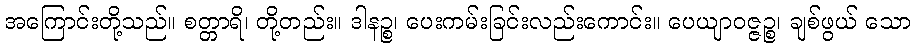
အကြောင်းတို့သည်။ စတ္တာရိ၊ တို့တည်း။ ဒါနဉ္စ၊ ပေးကမ်းခြင်းလည်းကောင်း။ ပေယျာဝဇ္ဇဉ္စ၊ ချစ်ဖွယ် သော